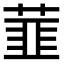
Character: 𬝛